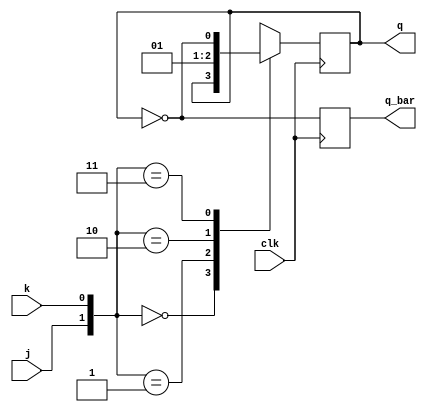
module jkff(j,k,clk,q,q_bar);
input j,k,clk;
output reg q=0,q_bar;

always @ (posedge clk)
begin
 case({j,k})
  2'b00: q<=q;
  2'b01: q<=0;
  2'b10: q<=1;
  2'b11: q<=~q;
 endcase
q_bar = ~q;
end
endmodule